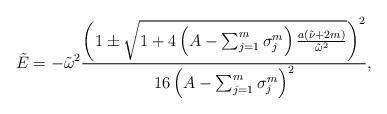
LaTeX: \begin{align*}\tilde{E}=-\tilde{\omega}^{2}\frac{\left( 1\pm \sqrt{1+4\left(A-\sum_{j=1}^{m}\sigma _{j}^{m}\right) \frac{a\left( \tilde{\nu}+2m\right) }{\tilde{\omega}^{2}}}\right) ^{2}}{16\left( A-\sum_{j=1}^{m}\sigma_{j}^{m}\right) ^{2}},\end{align*}